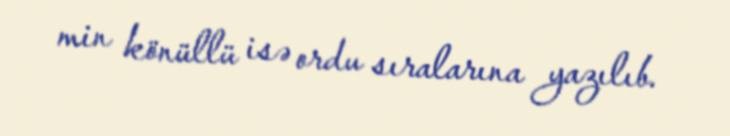
min könüllü isə ordu sıralarına yazılıb.